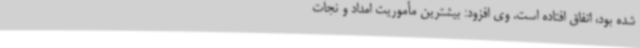
شده بود، اتفاق افتاده است. وی افزود: بیشترین مأموریت امداد و نجات